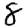
Digit: 8